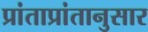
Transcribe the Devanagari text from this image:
प्रांताप्रांतानुसार